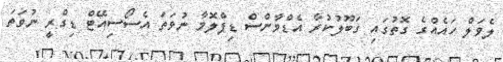
ލެވަލް ހައެއްގެ ގޮތުގައި ގަބޫލުކުރާ އެޑްވާންސް ޑިޕްލޮމާ ނުވަތަ އެސޯސިއޭޓް ޑިގްރީ ނުވަތަ